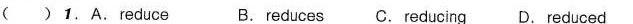
( ) 1.A.Reduce B. reduces C. Reducing D.Reduced